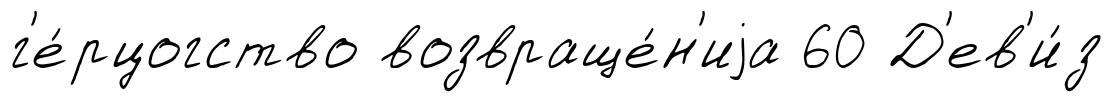
г'е́рцогство возвраще́н'иjа 60 Д'ев'и́з